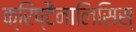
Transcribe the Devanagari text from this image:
क्रिप्टैनालिसिस्